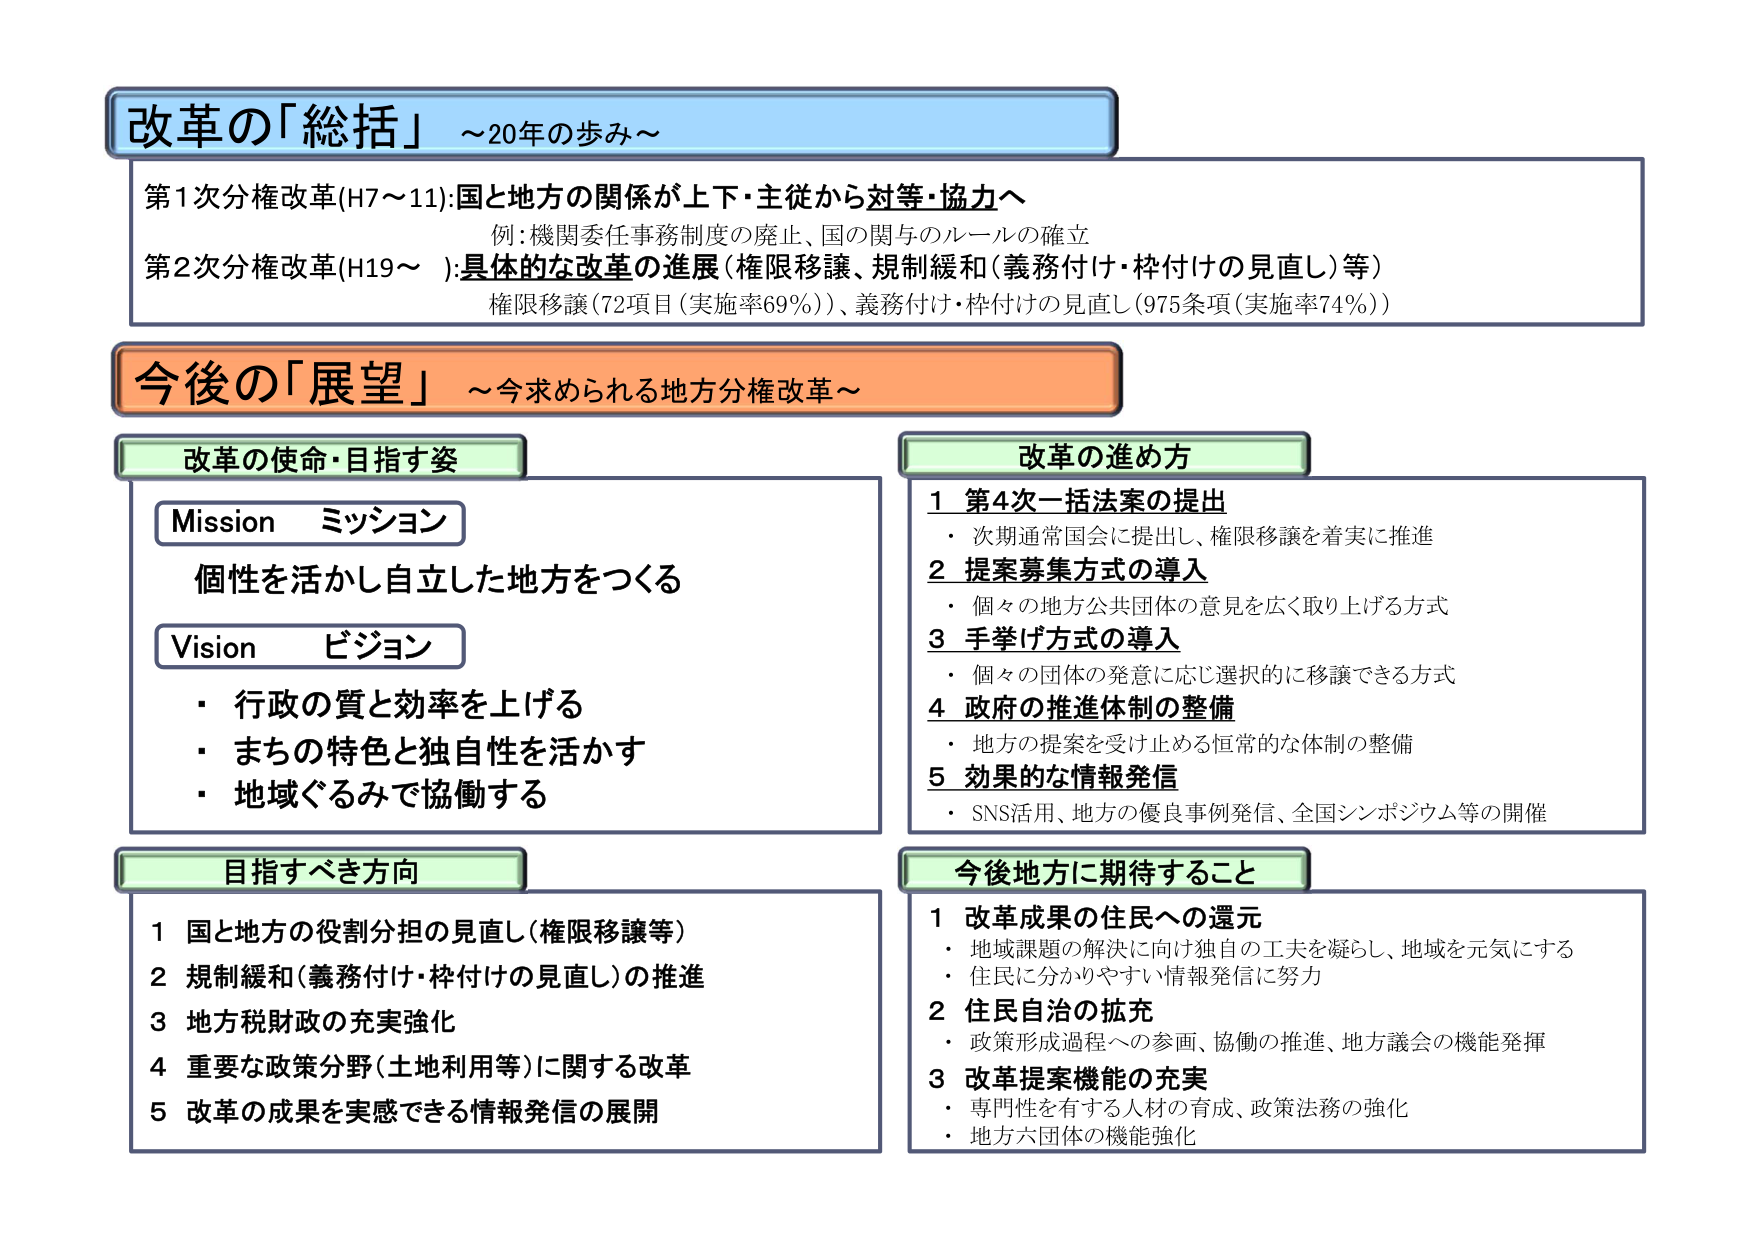
改革の「総括」～20年の歩み～

第1次分権改革(H7～11):国と地方の関係が上下・主従から対等・協力へ
　例:機関委任事務制度の廃止、国の関与のルールの確立
第2次分権改革(H19～ ):具体的な改革の進展（権限移譲、規制緩和（義務付け・枠付けの見直し）等）
　権限移譲（72項目（実施率69%））、義務付け・枠付けの見直し（975条項（実施率74%））

今後の「展望」～今求められる地方分権改革～

改革の使命・目指す姿
Mission ミッション
　個性を活かし自立した地方をつくる
Vision ビジョン
　・行政の質と効率を上げる
　・まちの特色と独自性を活かす
　・地域ぐるみで協働する

改革の進め方
1 第4次一括法案の提出
　・次期通常国会に提出し、権限移譲を着実に推進
2 提案募集方式の導入
　・個々の地方公共団体の意見を広く取り上げる方式
3 手挙げ方式の導入
　・個々の団体の発意に応じ選択的に移譲できる方式
4 政府の推進体制の整備
　・地方の提案を受け止める恒常的な体制の整備
5 効果的な情報発信
　・SNS活用、地方の優良事例発信、全国シンポジウム等の開催

目指すべき方向
1 国と地方の役割分担の見直し（権限移譲等）
2 規制緩和（義務付け・枠付けの見直し）の推進
3 地方税財政の充実強化
4 重要な政策分野（土地利用等）に関する改革
5 改革の成果を実感できる情報発信の展開

今後地方に期待すること
1 改革成果の住民への還元
　・地域課題の解決に向け独自の工夫を凝らし、地域を元気にする
　・住民に分かりやすい情報発信に努力
2 住民自治の拡充
　・政策形成過程への参画、協働の推進、地方議会の機能発揮
3 改革提案機能の充実
　・専門性を有する人材の育成、政策法務の強化
　・地方六団体の機能強化